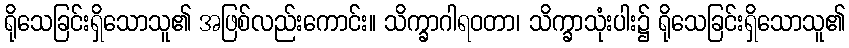
ရိုသေခြင်းရှိသောသူ၏ အဖြစ်လည်းကောင်း။ သိက္ခာဂါရဝတာ၊ သိက္ခာသုံးပါး၌ ရိုသေခြင်းရှိသောသူ၏